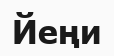
Йеңи